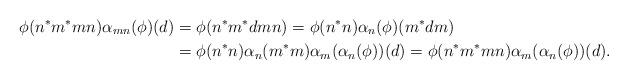
LaTeX: \begin{align*}\phi(n^*m^*mn)\alpha_{mn}(\phi)(d) &=\phi(n^*m^*dmn)=\phi(n^*n)\alpha_n(\phi)(m^*dm)\\ &=\phi(n^*n)\alpha_n(m^*m)\alpha_m(\alpha_n(\phi))(d)=\phi(n^*m^*mn)\alpha_m(\alpha_n(\phi))(d).\end{align*}